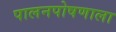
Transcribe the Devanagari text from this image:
पालनपोषणाला